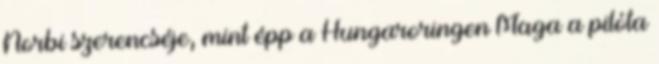
Norbi szerencséje, mint épp a Hungaroringen Maga a pilóta